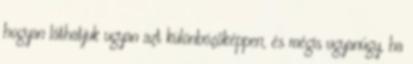
hogyan láthatjuk ugyan azt különbözőképpen, és mégis ugyanúgy, ha